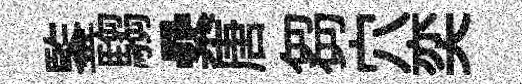
鍳騶纍唐芻穴奕